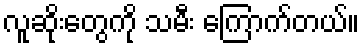
လူဆိုးတွေကို သမီး ကြောက်တယ်။